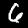
Digit: 6